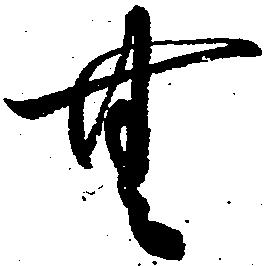
無